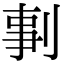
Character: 剚